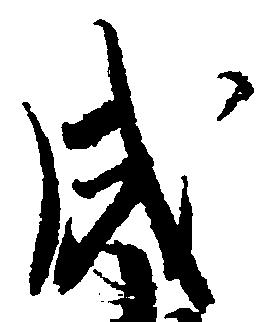
成